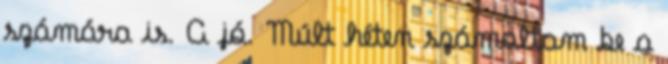
számára is. A jó. Múlt héten számoltam be a